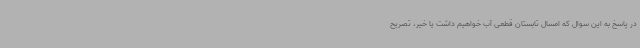
در پاسخ به این سوال که امسال تابستان قطعی آب خواهیم داشت یا خیر، تصریح